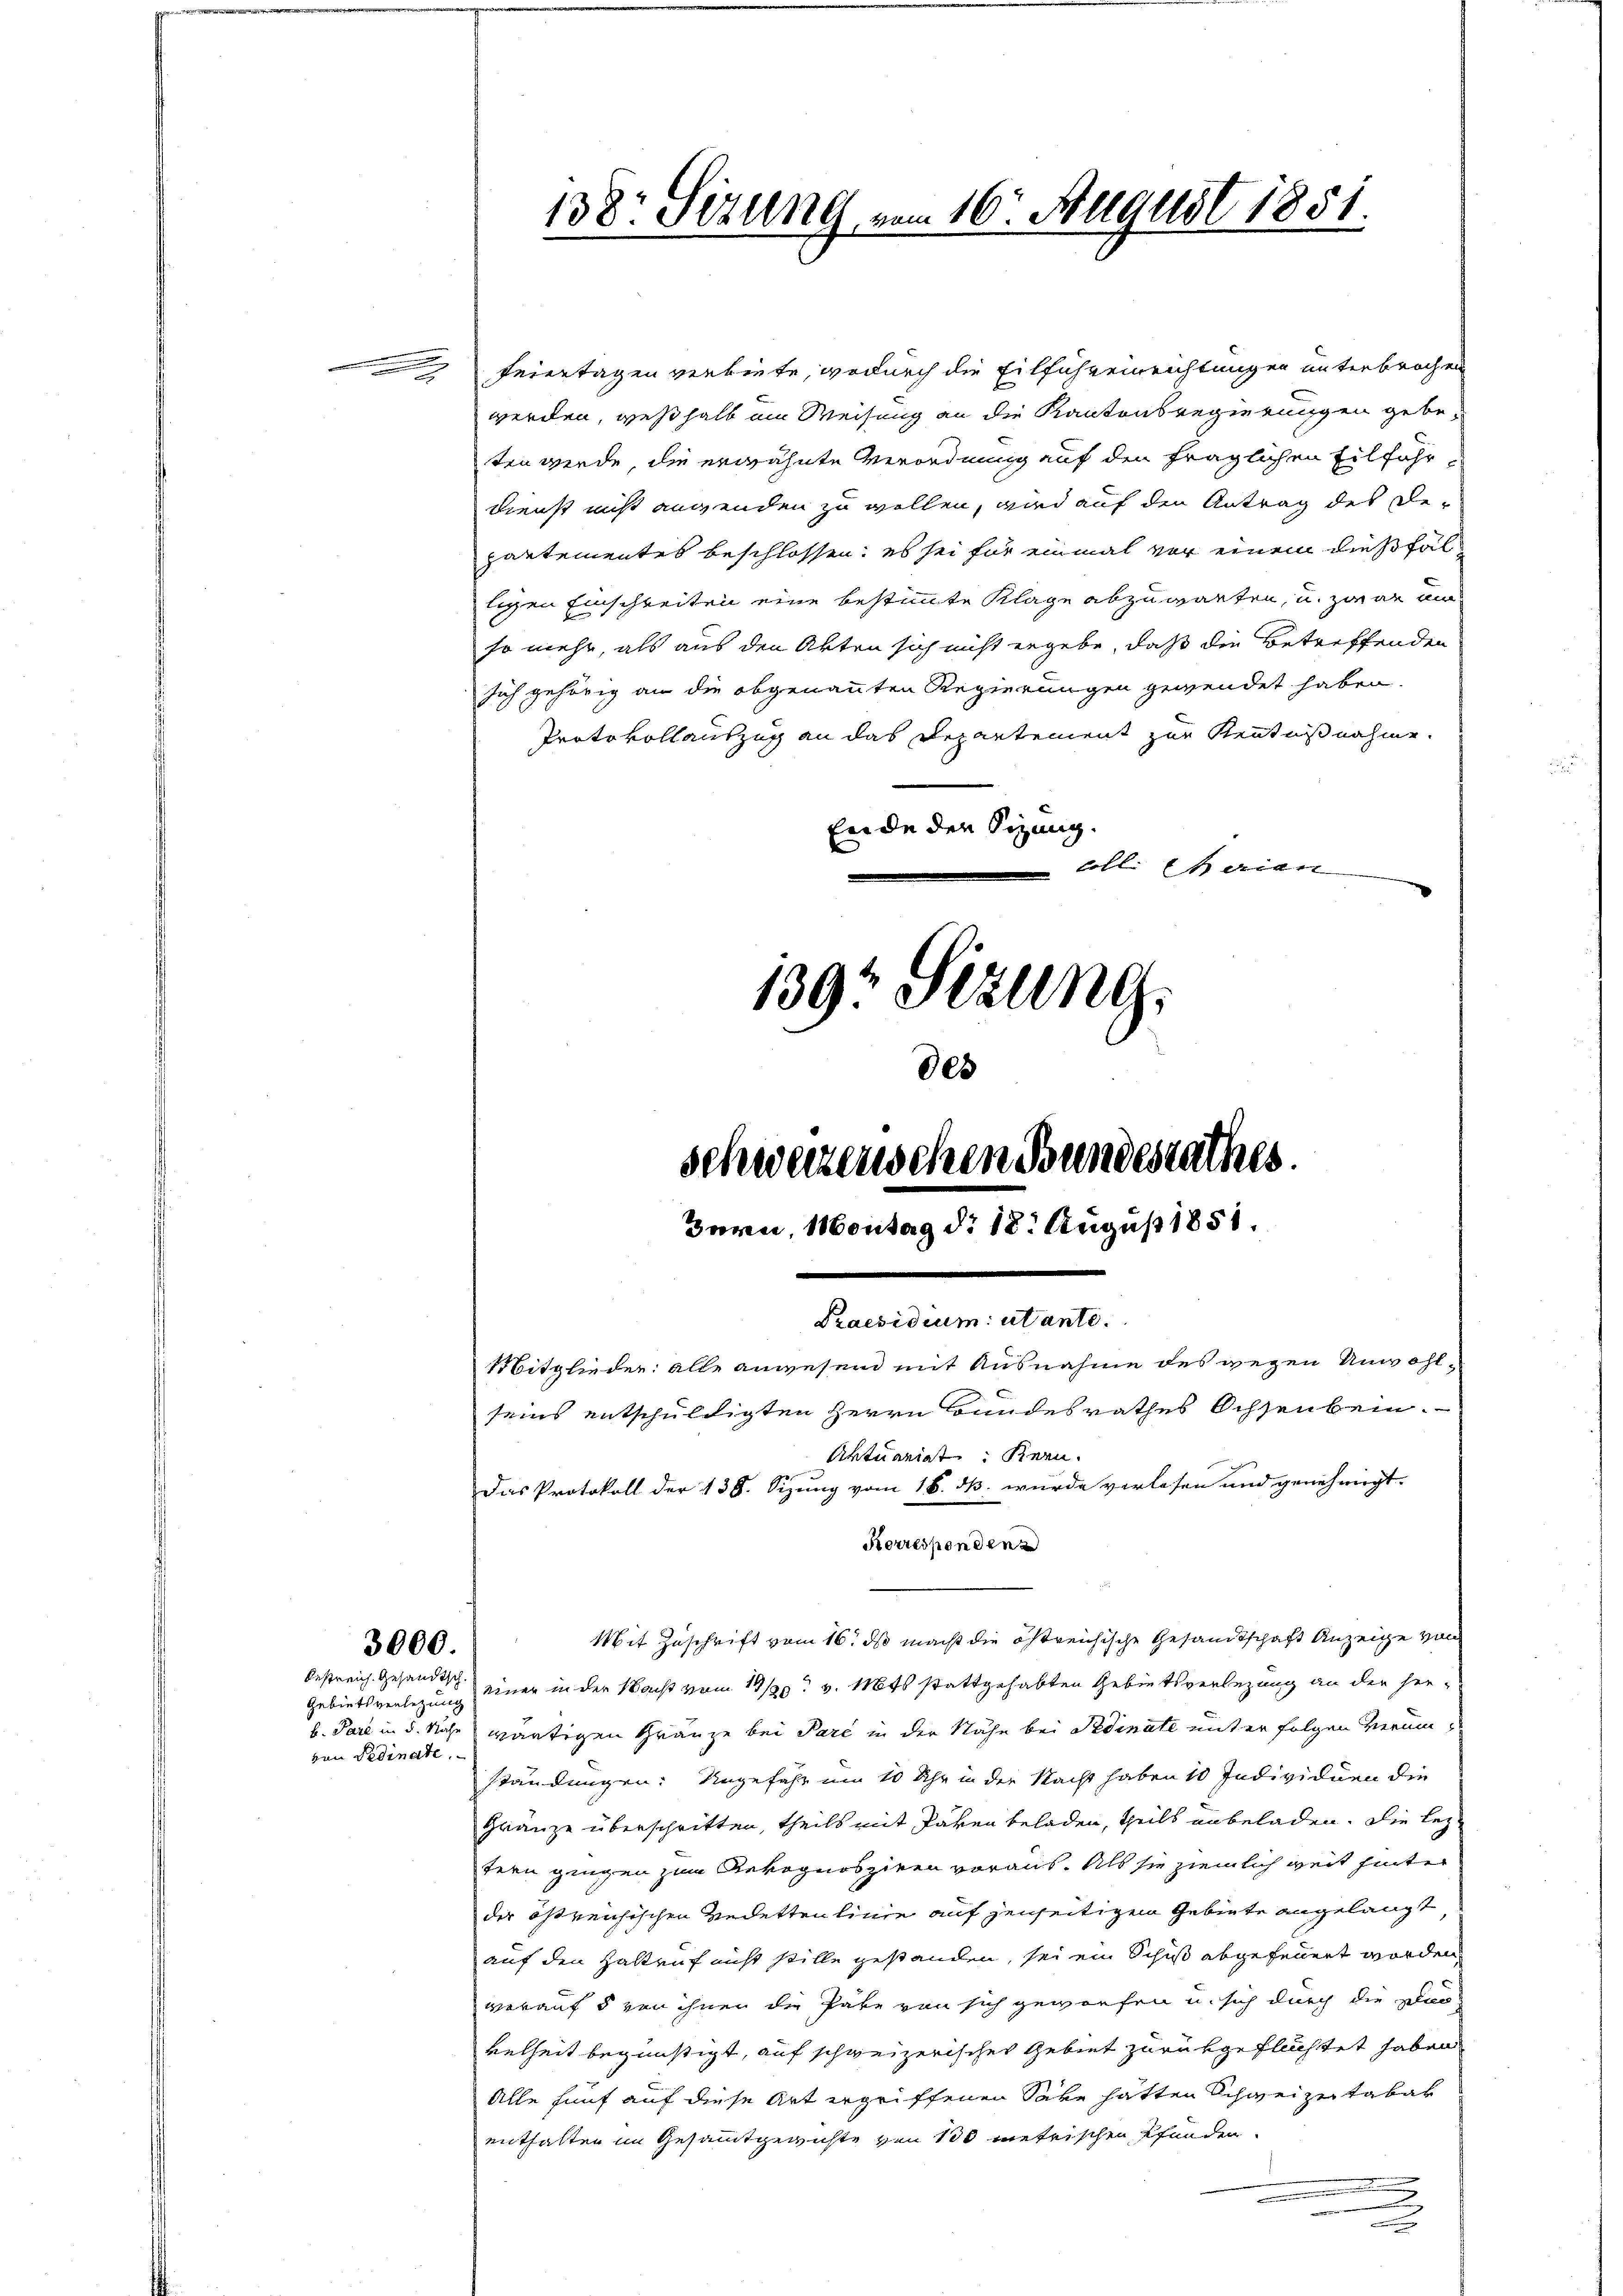
3000.

Gebiets verlegung
von Fedinate.

Feiertagen verbiete, wodurch die Eilführeinrichtungen unterbrochen
werden, weßhalb am Weisung an die Kantonsregierungen gebeten werde, die erwähnte Verordnung auf den fraglichen Eilfahr
Dienst nicht augenden zu wollen, wird auf den Antrag des Departementes beschlossen: es sei für einmal vor einem dießfälligen Einschreiten eine bestimmte Klage abzuwarten, u. zwar mi
so mehr, als aus den Akten sich nicht ergebe, daß die Betreffenden
sich gehörig an die obgenannten Regierungen gewendet haben.
Protokollauszug an das Departement zur Kenntnißnahme.
Ende der Sitzung.
coll. Eherian

138: Sizung vom 16. August 1851.

Praesidium utante.
Mitglieder: alle anwesend mit Ausnahme des wegen Unwohlseins entschuldigten Herrn Bundesrathes Ochsenbein.
Aktuariat Kern.
Das Protokoll der 138. Sizung vom 16. ds. wurde verlesen und genehmigt.

Mit Zuschrift vom 16. ds macht die östreichische Gesandtschaft Anzeige von
bestreich Gesandtsch einer in der Nacht vom 19/20. v. Mts stattgehabten Gebietsverlegung an den herb. Pare in d. Nähe wärtigen Gränze bei Pare in der Nähe bei Fedinate unter folgen Verumständungen: Ungefahr um 10 Uhr in der Nacht haben 10 Individuen die
Gränze überschritten, theils mit Paken beladen, theils unbeladen. Die leztern gingen zum Rekognosziren voraus. Als sie ziemlich weit hinter
der östreichischen Redettenlinie auf jenseitigen Gebiete angelangt
auf den Haltruf nicht stille gestanden, sei ein Schuß abgefeuert worden,
worauf 5 von ihnen die Pate von sich geworfen u. sich durch die Dar-
velheit begünstigt, auf schweizerischer Gebiet zurükgeflüchtet haben.
Alle hauf auf diese Art ergriffenen Save hatten Schweizer Tabar
enthalten im Gesammtgewichte von 100 metrischen Pfunden.
.

1397 Sizung.
des
schwerzenschen Bundesrathes.
Bern, Montag d. 18. August 1851.

Korresponden